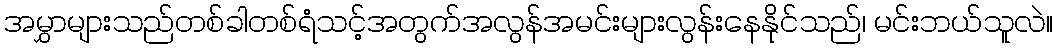
အမွှာများသည်တစ်ခါတစ်ရံသင့်အတွက်အလွန်အမင်းများလွန်းနေနိုင်သည်၊ မင်းဘယ်သူလဲ။